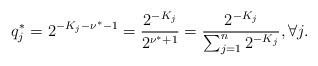
LaTeX: \begin{align*}q_j^* = 2^{{-K}_j-\nu^* -1} = \dfrac{2^{-K_j}}{2^{\nu^*+1}} = \dfrac{2^{-K_j}}{\sum_{j=1}^{n} 2^{{-K}_j}}, \forall j.\end{align*}